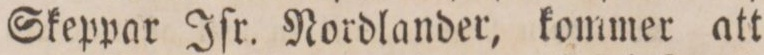
Skeppar Iſr. Nordlander, kommer att